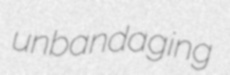
unbandaging